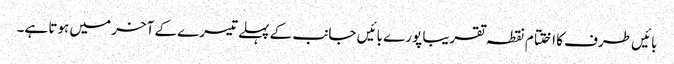
بائیں طرف کا اختتام نقطہ تقریبا پورے بائیں جانب کے پہلے تیسرے کے آخر میں ہوتا ہے۔